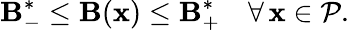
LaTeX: \mathbf{B}_{-}^{*}\le\mathbf{B}(\mathbf{{x}})\le\mathbf{B}_{+}^{*}\quad\forall\, \mathbf{{x}}\in\mathcal{{P}}.